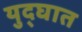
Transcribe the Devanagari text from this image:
युद्घात